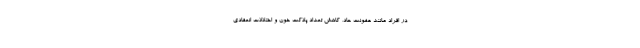
در افراد مانند عفونت حاد، کاهش تعداد پلاکت خون و اختلالات انعقادی